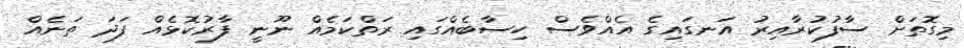
މިގޮތަށް ސާފުކުރާއިރު އަނގައިގެ އެއްވެސް ހިސާބެއްގައި ރަތްކަމެއް ނޫނީ ފާރުކޮޅެއް ފަދަ ތަނެއް